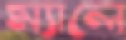
ম্যালে